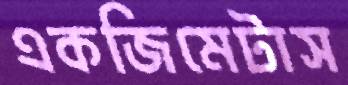
একজিমেটাস